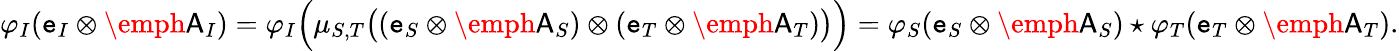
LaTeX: \varphi_{I}(\mathtt{e}_{I}\otimes\emph{\textsf{A}}_{I})=\varphi_{I}\Big(\mu_{S,T}\big((\mathtt{e}_{S}\otimes\emph{\textsf{A}}_{S})\otimes(\mathtt{e}_{T}\otimes\emph{\textsf{A}}_{T})\big)\Big)=\varphi_{S}(\mathtt{e}_{S}\otimes\emph{\textsf{A}}_{S})\star\varphi_{T}(\mathtt{e}_{T}\otimes\emph{\textsf{A}}_{T}).